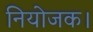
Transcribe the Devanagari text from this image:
नियोजक।